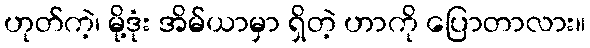
ဟုတ်ကဲ့၊ မို့ဒုံး အိမ်ယာမှာ ရှိတဲ့ ဟာကို ပြောတာလား။